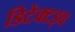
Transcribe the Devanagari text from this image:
डिटेक्टइव